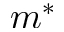
m ^ { * }